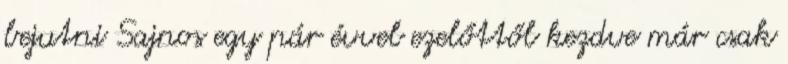
bejutni Sajnos egy pár évvel ezelőttől kezdve már csak